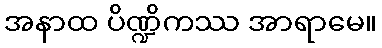
အနာထ ပိဏ္ဍိကဿ အာရာမေ။